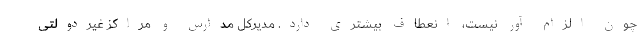
چون الزام آور نیست، انعطاف بیشتری دارد. مدیرکل مدارس و مراکز غیردولتی